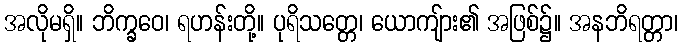
အလိုမရှိ။ ဘိက္ခဝေ၊ ရဟန်းတို့။ ပုရိသတ္တေ၊ ယောကျ်ား၏ အဖြစ်၌။ အနဘိရတ္တာ၊